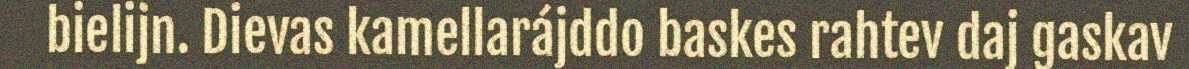
bielijn. Dievas kamellarájddo baskes rahtev daj gaskav